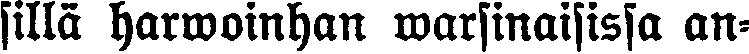
sillä harwoinhan warsinaisissa an-